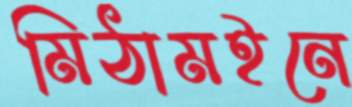
মিঠামইনে